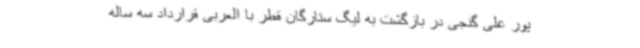
پور علی گنجی در بازگشت به لیگ ستارگان قطر با العربی قرارداد سه ساله